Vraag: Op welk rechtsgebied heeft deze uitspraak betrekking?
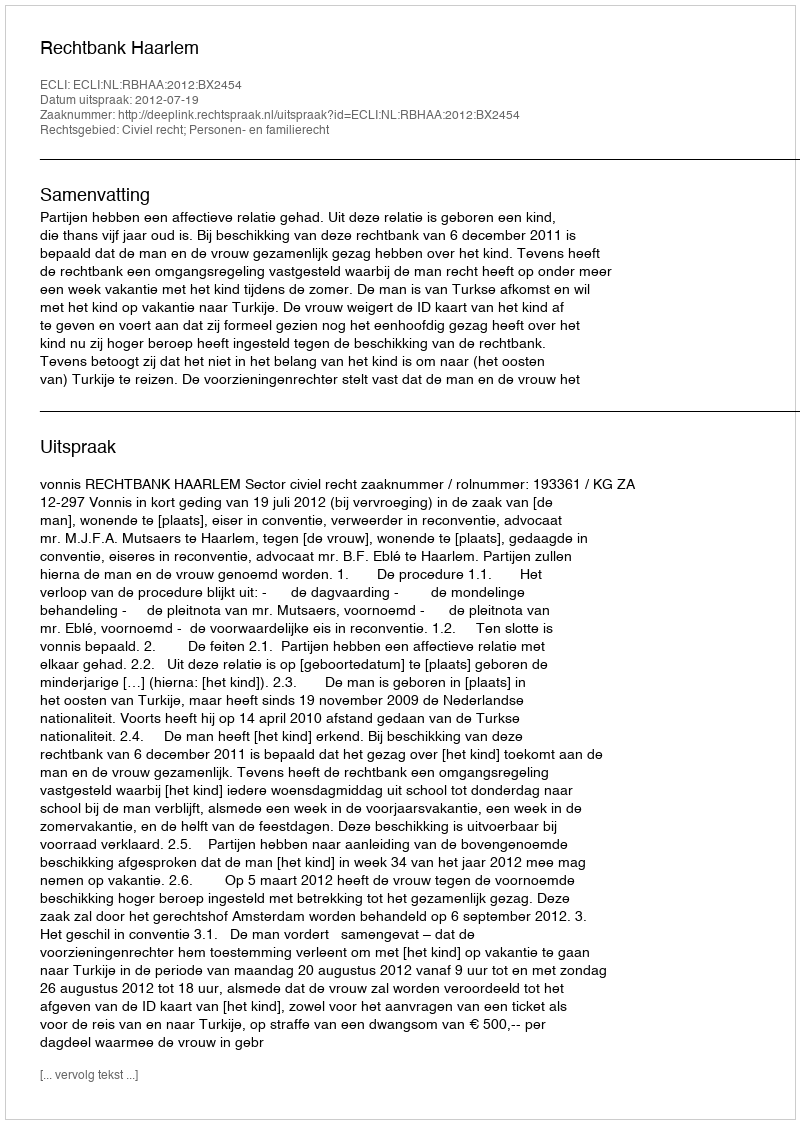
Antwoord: Civiel recht; Personen- en familierecht